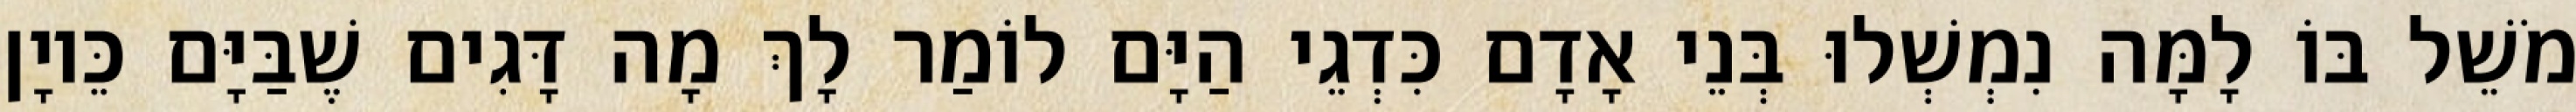
מֹשֵׁל בּוֹ לָמָּה נִמְשְׁלוּ בְּנֵי אָדָם כִּדְגֵי הַיָּם לוֹמַר לָךְ מָה דָּגִים שֶׁבַּיָּם כֵּיוָן